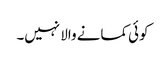
کوئی کمانے والا نہیں۔